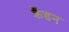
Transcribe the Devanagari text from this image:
क्रैंडन